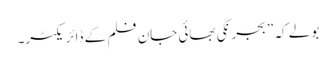
بولے کہ ”بجرنگی بھائی جان فلم کے ڈائریکٹر۔